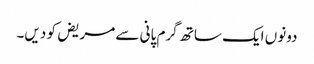
دونوں ایک ساتھ گرم پانی سے مریض کو دیں۔